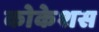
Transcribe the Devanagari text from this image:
कोकेशस